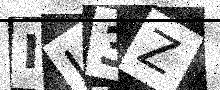
Text: IJ3Z